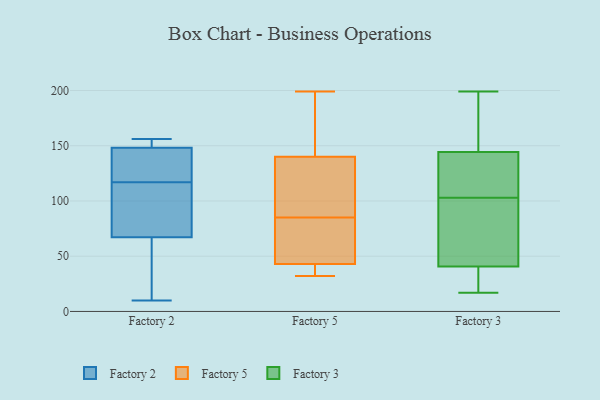
{"axis": {"x": "Population (Million)", "y": "Value"}, "legend": ["Factory 2", "Factory 3", "Factory 5"], "data": [{"x": "", "y": 150, "type": "Factory 2"}, {"x": "", "y": 59, "type": "Factory 2"}, {"x": "", "y": 120, "type": "Factory 2"}, {"x": "", "y": 63, "type": "Factory 2"}, {"x": "", "y": 10, "type": "Factory 2"}, {"x": "", "y": 117, "type": "Factory 2"}, {"x": "", "y": 80, "type": "Factory 2"}, {"x": "", "y": 143, "type": "Factory 2"}, {"x": "", "y": 156, "type": "Factory 2"}, {"x": "", "y": 154, "type": "Factory 2"}, {"x": "", "y": 104, "type": "Factory 2"}, {"x": "", "y": 140, "type": "Factory 5"}, {"x": "", "y": 34, "type": "Factory 5"}, {"x": "", "y": 77, "type": "Factory 5"}, {"x": "", "y": 199, "type": "Factory 5"}, {"x": "", "y": 95, "type": "Factory 5"}, {"x": "", "y": 43, "type": "Factory 5"}, {"x": "", "y": 55, "type": "Factory 5"}, {"x": "", "y": 32, "type": "Factory 5"}, {"x": "", "y": 93, "type": "Factory 5"}, {"x": "", "y": 163, "type": "Factory 5"}, {"x": "", "y": 88, "type": "Factory 3"}, {"x": "", "y": 136, "type": "Factory 3"}, {"x": "", "y": 180, "type": "Factory 3"}, {"x": "", "y": 199, "type": "Factory 3"}, {"x": "", "y": 40, "type": "Factory 3"}, {"x": "", "y": 115, "type": "Factory 3"}, {"x": "", "y": 17, "type": "Factory 3"}, {"x": "", "y": 103, "type": "Factory 3"}, {"x": "", "y": 166, "type": "Factory 3"}, {"x": "", "y": 118, "type": "Factory 3"}, {"x": "", "y": 43, "type": "Factory 3"}, {"x": "", "y": 26, "type": "Factory 3"}, {"x": "", "y": 71, "type": "Factory 3"}, {"x": "", "y": 179, "type": "Factory 3"}, {"x": "", "y": 20, "type": "Factory 3"}, {"x": "", "y": 41, "type": "Factory 3"}, {"x": "", "y": 137, "type": "Factory 3"}]}